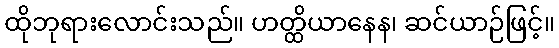
ထိုဘုရားလောင်းသည်။ ဟတ္ထိယာနေန၊ ဆင်ယာဉ်ဖြင့်။